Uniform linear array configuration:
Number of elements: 16
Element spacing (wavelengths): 0.25
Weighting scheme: hann
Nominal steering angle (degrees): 15
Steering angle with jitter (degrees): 13.554
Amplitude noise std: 0.05
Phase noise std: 0.05

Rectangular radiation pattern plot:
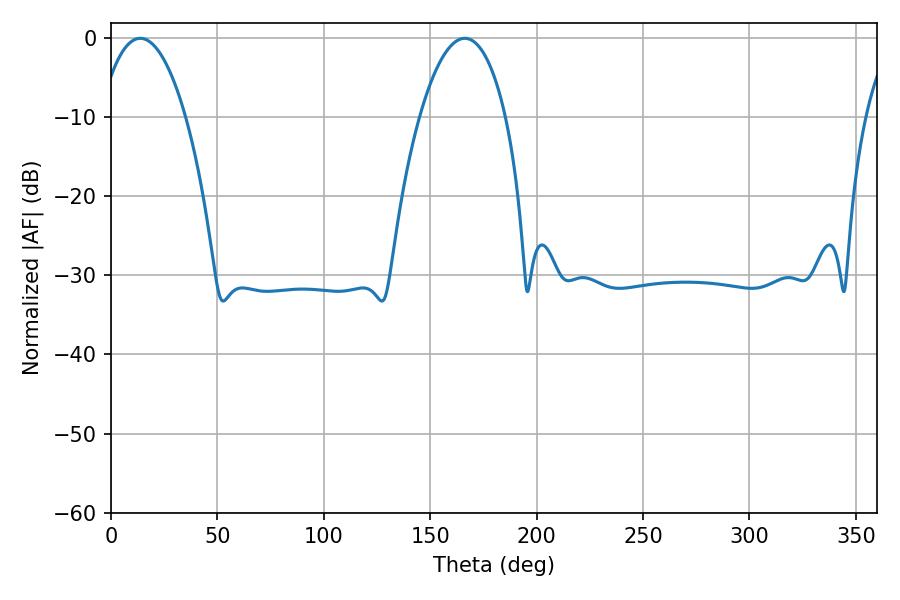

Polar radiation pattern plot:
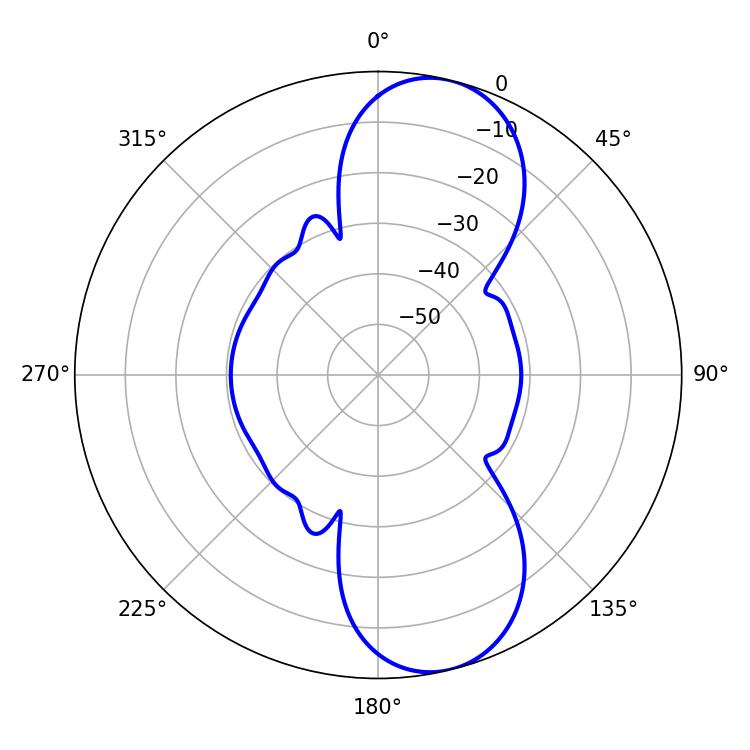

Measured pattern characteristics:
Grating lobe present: FALSE
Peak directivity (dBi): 9.896
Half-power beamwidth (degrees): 22.5
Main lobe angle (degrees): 13.68